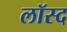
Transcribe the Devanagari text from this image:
लॉस्द